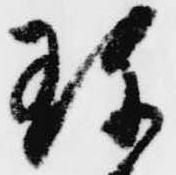
珍